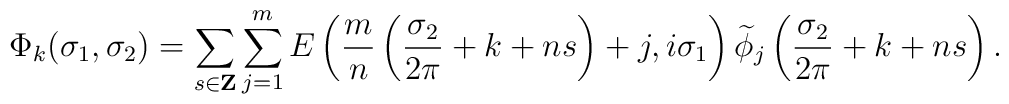
\Phi_k(\sigma_1,\sigma_2)=\sum_{s \in {\bf Z}} \sum_{j=1}^{m} E \left( \frac{m}{n}\left(\frac{\sigma_2}{2\pi}+k+ns\right)+j, i \sigma_1 \right) \widetilde{\phi}_j\left(\frac{\sigma_2}{2\pi}+k+ns\right).